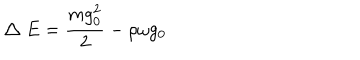
LaTeX: \bigtriangleup E = \frac { m g _ { 0 } ^ { 2 } } { 2 } - \rho \omega g _ { 0 }